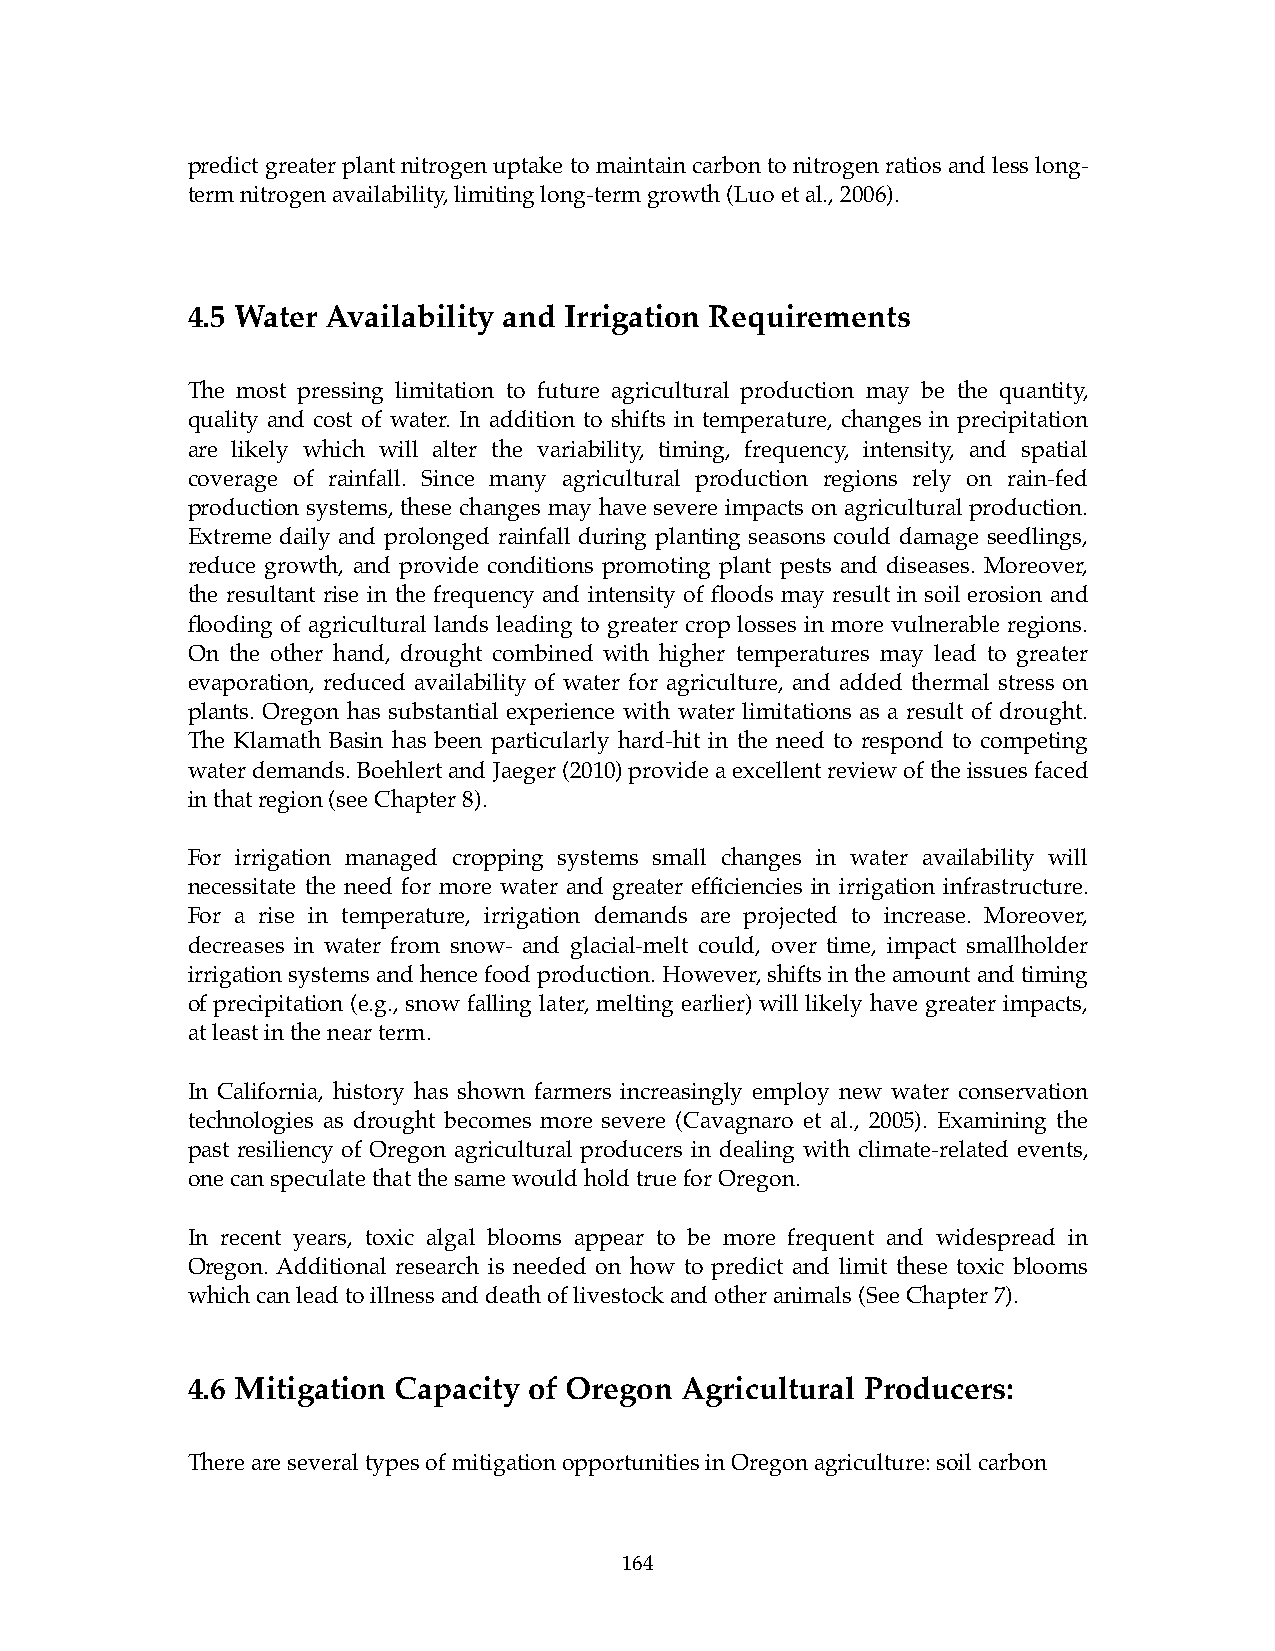
predict greater plant nitrogen uptake to maintain carbon to nitrogen ratios and less long-
 term nitrogen availability, limiting long-term growth (Luo et al., 2006).
 4.5 Water Availability and Irrigation Requirements
 The most pressing limitation to future agricultural production may be the quantity,
 quality and cost of water. In addition to shifts in temperature, changes in precipitation
 are likely which will alter the variability, timing, frequency, intensity, and spatial
 coverage of rainfall. Since many agricultural production regions rely on rain-fed
 production systems, these changes may have severe impacts on agricultural production.
 Extreme daily and prolonged rainfall during planting seasons could damage seedlings,
 reduce growth, and provide conditions promoting plant pests and diseases. Moreover,
 the resultant rise in the frequency and intensity of floods may result in soil erosion and
 flooding of agricultural lands leading to greater crop losses in more vulnerable regions.
 On the other hand, drought combined with higher temperatures may lead to greater
 evaporation, reduced availability of water for agriculture, and added thermal stress on
 plants. Oregon has substantial experience with water limitations as a result of drought.
 The Klamath Basin has been particularly hard-hit in the need to respond to competing
 water demands. Boehlert and Jaeger (2010) provide a excellent review of the issues faced
 in that region (see Chapter 8).
 For irrigation managed cropping systems small changes in water availability will
 necessitate the need for more water and greater efficiencies in irrigation infrastructure.
 For a rise in temperature, irrigation demands are projected to increase. Moreover,
 decreases in water from snow- and glacial-melt could, over time, impact smallholder
 irrigation systems and hence food production. However, shifts in the amount and timing
 of precipitation (e.g., snow falling later, melting earlier) will likely have greater impacts,
 at least in the near term.
 In California, history has shown farmers increasingly employ new water conservation
 technologies as drought becomes more severe (Cavagnaro et al., 2005). Examining the
 past resiliency of Oregon agricultural producers in dealing with climate-related events,
 one can speculate that the same would hold true for Oregon.
 In recent years, toxic algal blooms appear to be more frequent and widespread in
 Oregon. Additional research is needed on how to predict and limit these toxic blooms
 which can lead to illness and death of livestock and other animals (See Chapter 7).
 4.6 Mitigation Capacity of Oregon Agricultural Producers:
 There are several types of mitigation opportunities in Oregon agriculture: soil carbon
 164